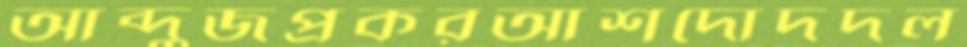
আব্দুজপ্রকরআশদোদদল